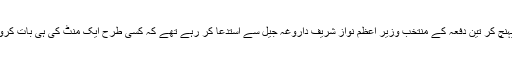
جیل پہنچ کر تین دفعہ کے منتخب وزیر اعظم نواز شریف داروغہ جیل سے استدعا کر رہے تھے کہ کسی طرح ایک منٹ کی ہی بات کروا دیں۔